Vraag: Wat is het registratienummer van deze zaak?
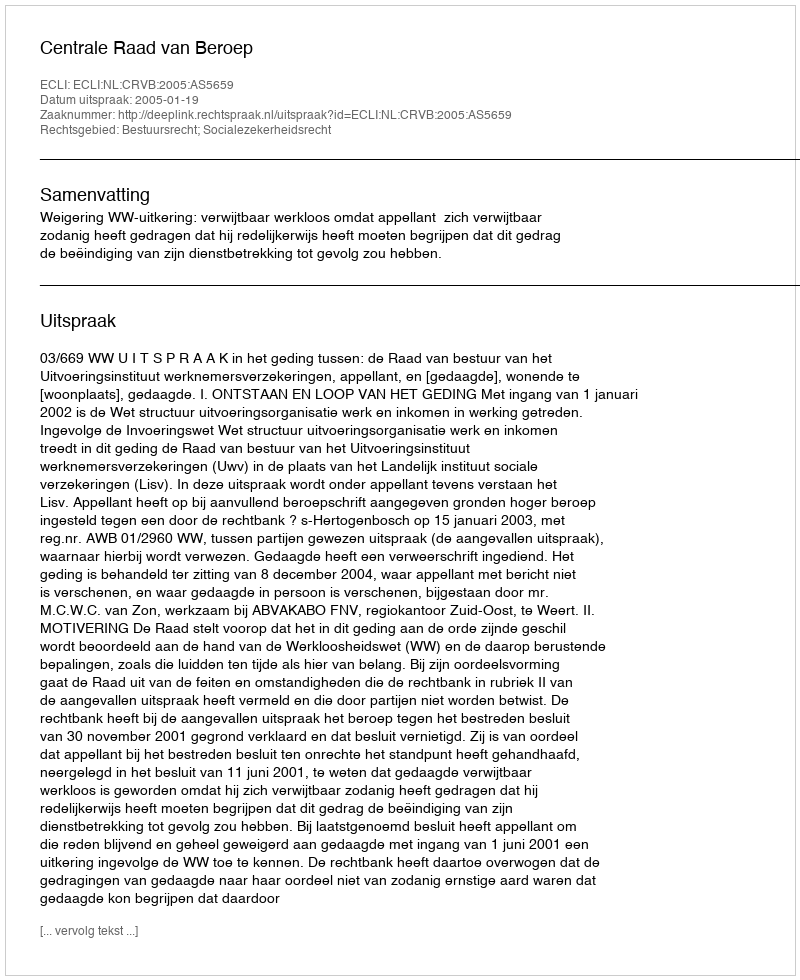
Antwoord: http://deeplink.rechtspraak.nl/uitspraak?id=ECLI:NL:CRVB:2005:AS5659